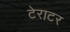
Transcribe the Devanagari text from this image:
टेराटर